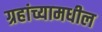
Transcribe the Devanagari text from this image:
ग्रहांच्यामधील